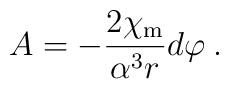
A=-\frac{2 \chi_{\rm m}}{\alpha^3 r}    d\varphi \:.